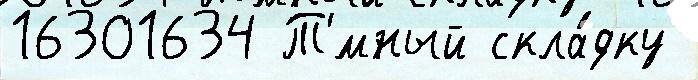
16301634 Т'́мный скла́дку